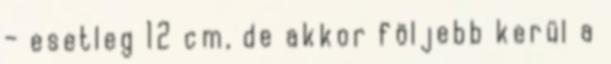
– esetleg 12 cm, de akkor följebb kerül a